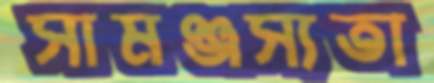
সামঞ্জস্যতা